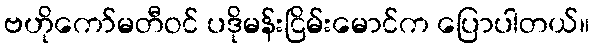
ဗဟိုကော်မတီဝင် ပဒိုမန်းငြိမ်းမောင်က ပြောပါတယ်။